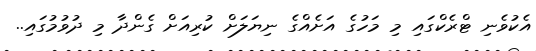
އެކުވެނި ޓްރެކްގައި މި މަހުގެ އަށެއްގެ ނިޔަލަށް ކުރިއަށް ގެންދާ މި ދުވުމުގައި..